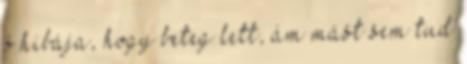
ő hibája, hogy beteg lett, ám mást sem tud